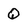
Character: Q